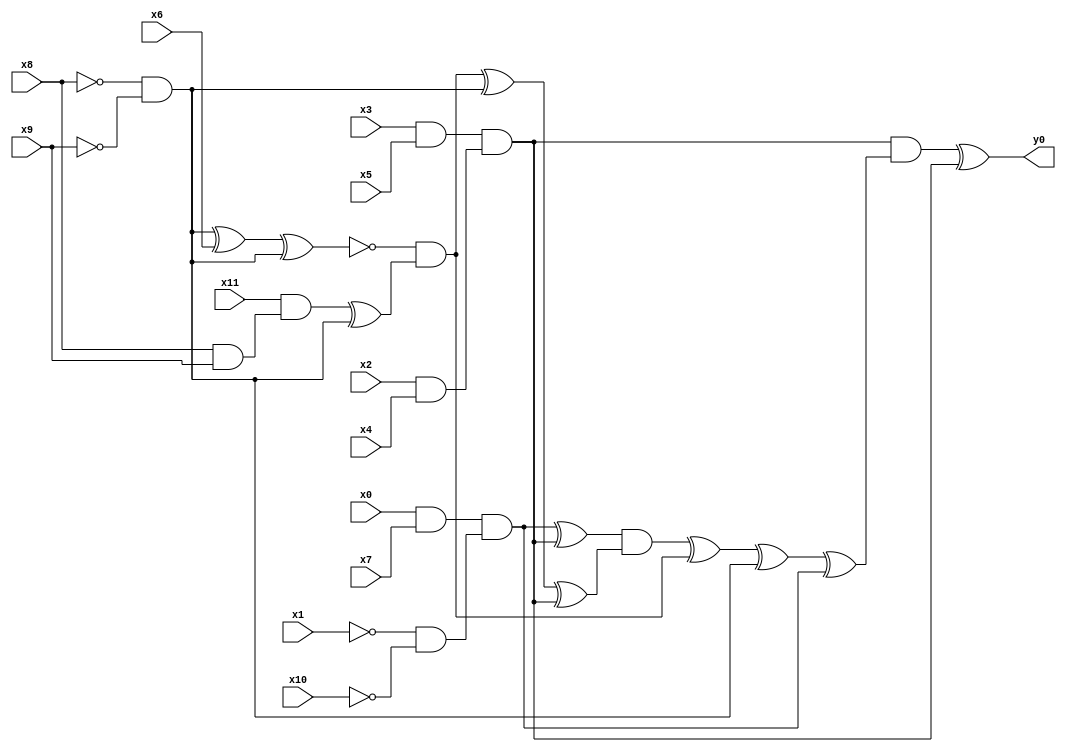
module top( x0 , x1 , x2 , x3 , x4 , x5 , x6 , x7 , x8 , x9 , x10 , x11 , y0 );
  input x0 , x1 , x2 , x3 , x4 , x5 , x6 , x7 , x8 , x9 , x10 , x11 ;
  output y0 ;
  wire n13 , n14 , n15 , n16 , n17 , n18 , n19 , n20 , n21 , n22 , n23 , n24 , n25 , n26 , n27 , n28 , n29 , n30 , n31 , n32 , n33 , n34 ;
  assign n13 = x3 & x5 ;
  assign n14 = x2 & x4 ;
  assign n15 = n13 & n14 ;
  assign n16 = x0 & x7 ;
  assign n17 = ~x1 & ~x10 ;
  assign n18 = n16 & n17 ;
  assign n19 = n18 ^ n15 ;
  assign n20 = ~x8 & ~x9 ;
  assign n21 = n20 ^ x6 ;
  assign n22 = n21 ^ n20 ;
  assign n23 = x8 & x9 ;
  assign n24 = x11 & n23 ;
  assign n25 = n24 ^ n20 ;
  assign n26 = ~n22 & n25 ;
  assign n27 = n26 ^ n20 ;
  assign n28 = n27 ^ n15 ;
  assign n29 = n19 & n28 ;
  assign n30 = n29 ^ n26 ;
  assign n31 = n30 ^ n20 ;
  assign n32 = n31 ^ n18 ;
  assign n33 = n15 & n32 ;
  assign n34 = n33 ^ n15 ;
  assign y0 = n34 ;
endmodule